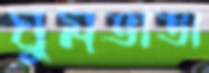
ঘুমভাঙা